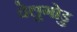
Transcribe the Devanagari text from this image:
वेलुगोडु